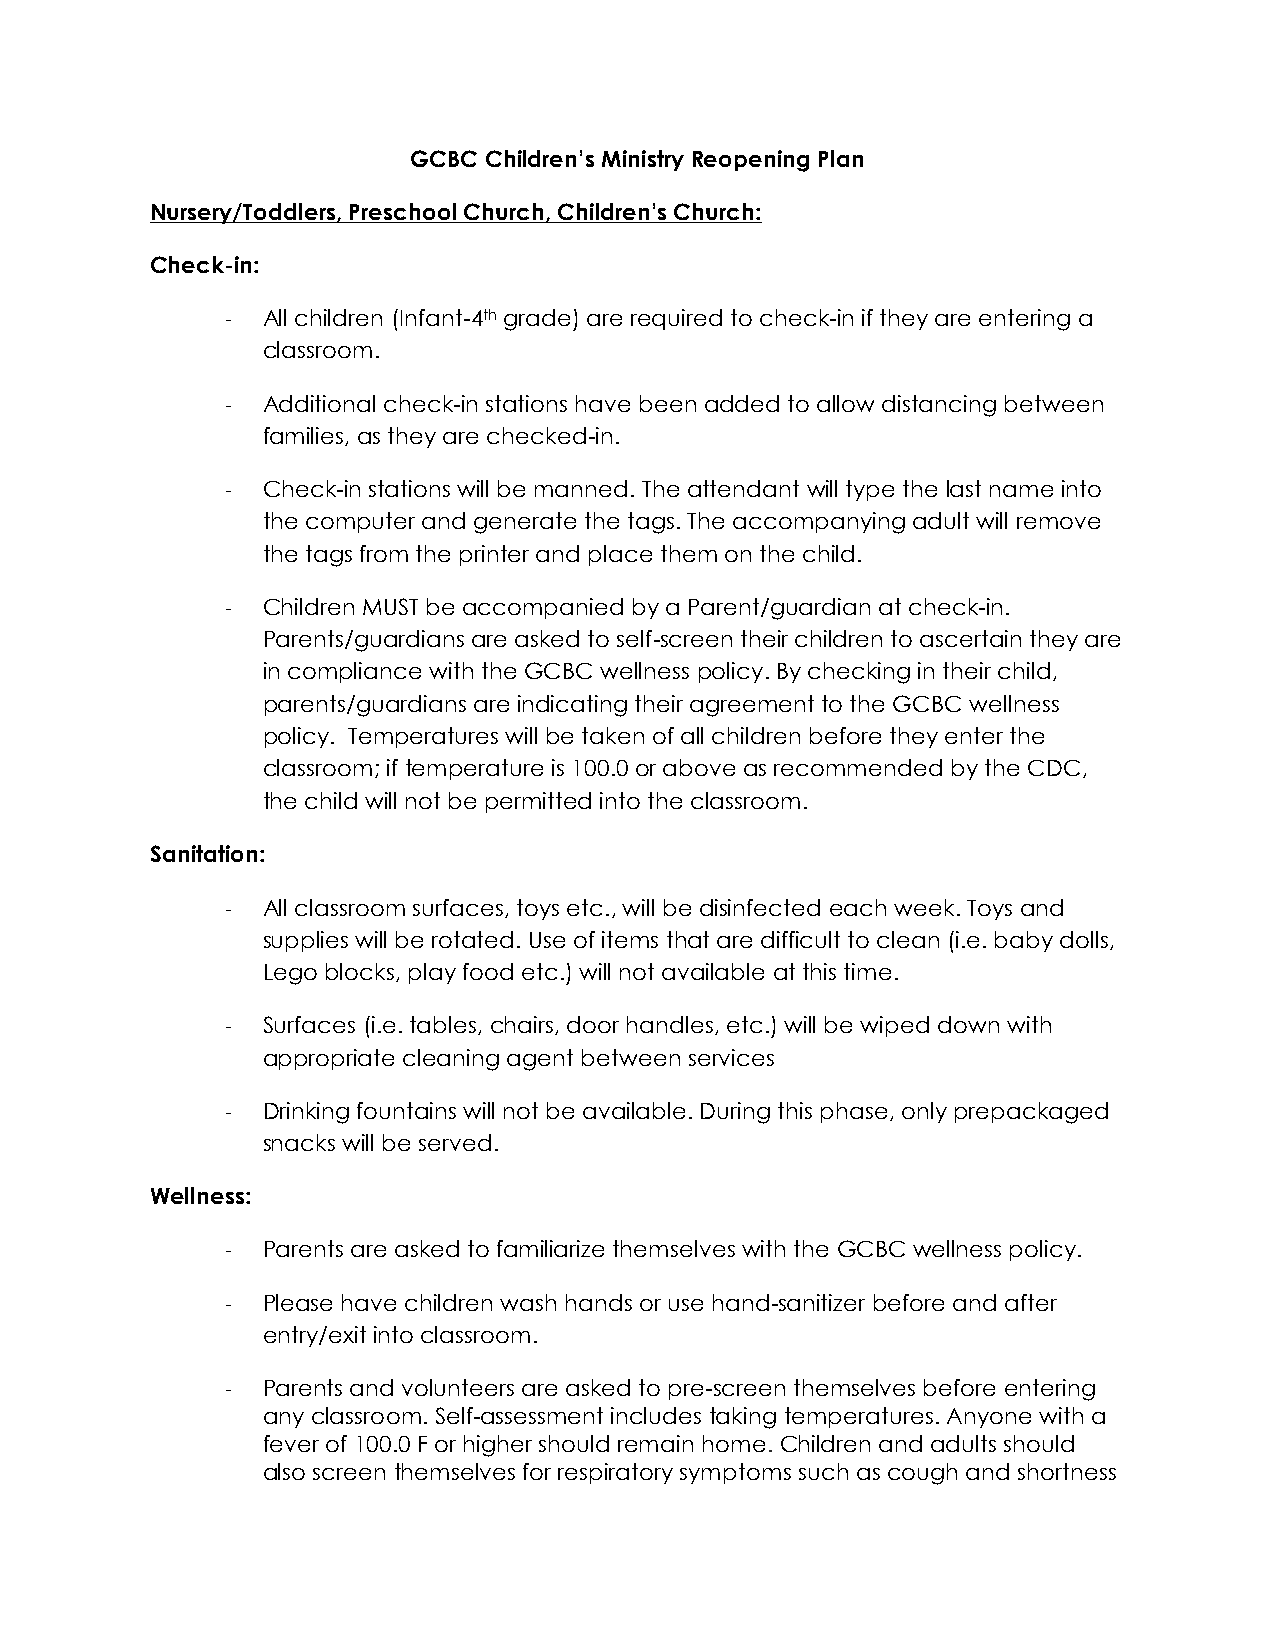
GCBC Children’s Ministry Reopening Plan
 Nursery/Toddlers, Preschool Church, Children’s Church:
 Check-in:
 - All children (Infant-4th grade) are required to check-in if they are entering a
 classroom.
 - Additional check-in stations have been added to allow distancing between
 families, as they are checked-in.
 - Check-in stations will be manned. The attendant will type the last name into
 the computer and generate the tags. The accompanying adult will remove
 the tags from the printer and place them on the child.
 - Children MUST be accompanied by a Parent/guardian at check-in.
 Parents/guardians are asked to self-screen their children to ascertain they are
 in compliance with the GCBC wellness policy. By checking in their child,
 parents/guardians are indicating their agreement to the GCBC wellness
 policy. Temperatures will be taken of all children before they enter the
 classroom; if temperature is 100.0 or above as recommended by the CDC,
 the child will not be permitted into the classroom.
 Sanitation:
 - All classroom surfaces, toys etc., will be disinfected each week. Toys and
 supplies will be rotated. Use of items that are difficult to clean (i.e. baby dolls,
 Lego blocks, play food etc.) will not available at this time.
 - Surfaces (i.e. tables, chairs, door handles, etc.) will be wiped down with
 appropriate cleaning agent between services
 - Drinking fountains will not be available. During this phase, only prepackaged
 snacks will be served.
 Wellness:
 - Parents are asked to familiarize themselves with the GCBC wellness policy.
 - Please have children wash hands or use hand-sanitizer before and after
 entry/exit into classroom.
 - Parents and volunteers are asked to pre-screen themselves before entering
 any classroom. Self-assessment includes taking temperatures. Anyone with a
 fever of 100.0 F or higher should remain home. Children and adults should
 also screen themselves for respiratory symptoms such as cough and shortness